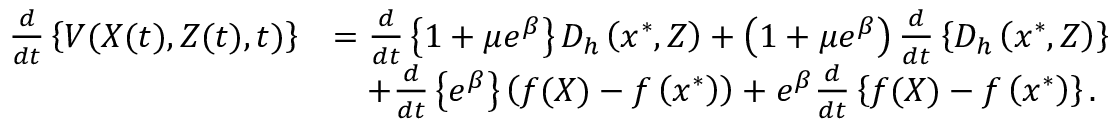
\begin{array} { r l } { \frac { d } { d t } \left\{ V ( X ( t ) , Z ( t ) , t ) \right\} } & { = \frac { d } { d t } \left\{ 1 + \mu e ^ { \beta } \right\} D _ { h } \left( x ^ { * } , Z \right) + \left( 1 + \mu e ^ { \beta } \right) \frac { d } { d t } \left\{ D _ { h } \left( x ^ { * } , Z \right) \right\} } \\ & { \quad + \frac { d } { d t } \left\{ e ^ { \beta } \right\} \left( f ( X ) - f \left( x ^ { * } \right) \right) + e ^ { \beta } \frac { d } { d t } \left\{ f ( X ) - f \left( x ^ { * } \right) \right\} . } \end{array}